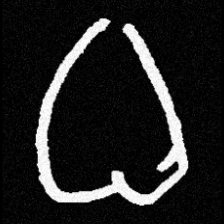
Pyu character \u2014 Myanmar letter: ဓ (romanized: dha)